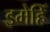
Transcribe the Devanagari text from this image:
इमेहिँ